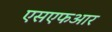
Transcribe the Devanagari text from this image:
एसएफआर